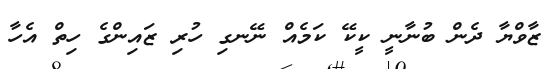
ޒާވްޔާ ދެން ބުނާނީ ކީކޭ ކަމެއް ނޭނގި ހުރި ޒައިންގެ ހިތް އެހާ